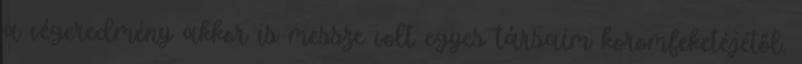
a végeredmény akkor is messze volt egyes társaim koromfeketéjétől.